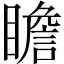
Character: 瞻